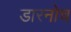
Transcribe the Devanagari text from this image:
डारनोच